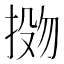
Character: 𫽌